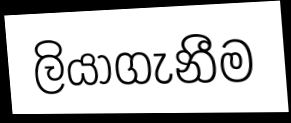
ලියාගැනීම